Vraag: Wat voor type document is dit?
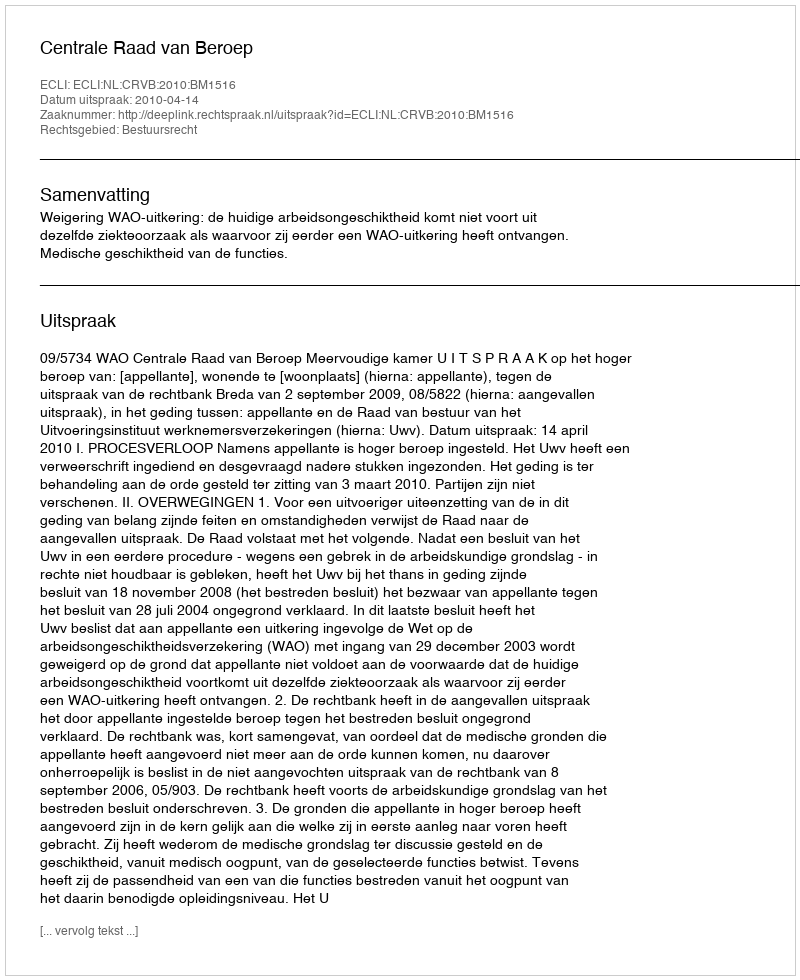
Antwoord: Uitspraak